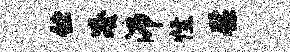
伫凑沛怪慰